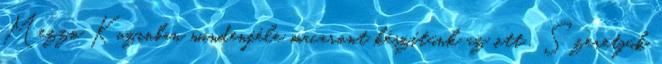
Mezzo Kuzinban mindenféle macaront készítünk az ott . Szeretjük